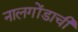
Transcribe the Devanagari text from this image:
नालगोंडाची